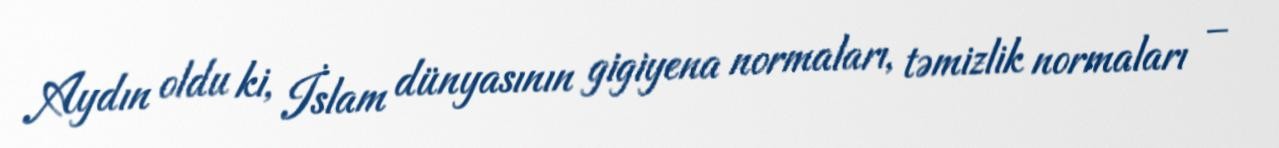
Aydın oldu ki, İslam dünyasının gigiyena normaları, təmizlik normaları –